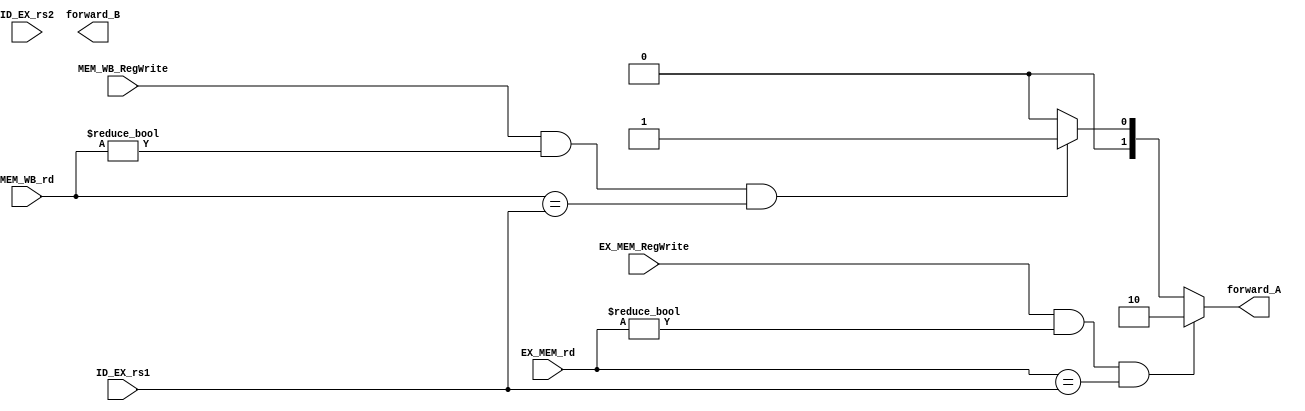
module forwarding(EX_MEM_rd, MEM_WB_rd, ID_EX_rs1, ID_EX_rs2, EX_MEM_RegWrite, MEM_WB_RegWrite, forward_A, forward_B);
  input wire[4:0] EX_MEM_rd;
  input wire [4:0] MEM_WB_rd;
  input wire [4:0] ID_EX_rs1;
  input wire [4:0] ID_EX_rs2;
  input wire EX_MEM_RegWrite;
  input wire MEM_WB_RegWrite;
  output reg [1:0] forward_A;
  output reg [1:0] forward_B;

always @(EX_MEM_rd or MEM_WB_rd or EX_MEM_RegWrite or MEM_WB_RegWrite or ID_EX_rs1 or ID_EX_rs2)
  begin
    if ((EX_MEM_RegWrite == 1) && (EX_MEM_rd != 0) && (EX_MEM_rd == ID_EX_rs1))  
            forward_A <= 2'b10;
    else if ((MEM_WB_RegWrite == 1) &&  (MEM_WB_rd != 0)  && (MEM_WB_rd == ID_EX_rs1))	
            forward_A <= 2'b01;
    else
            forward_A <= 2'b00;
    
  end
endmodule